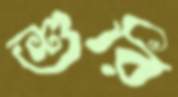
শুরি